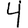
Digit: 4